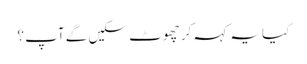
کیا یہ کہہ کر چھوٹ سکیں گے آپ ؟